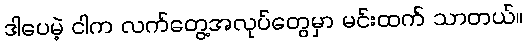
ဒါပေမဲ့ ငါက လက်တွေ့အလုပ်တွေမှာ မင်းထက် သာတယ်။